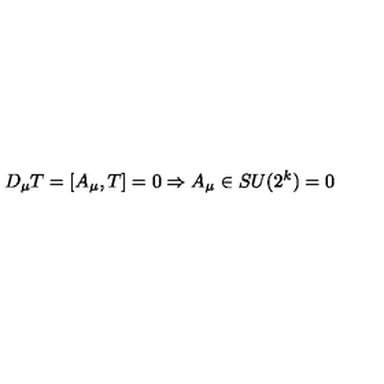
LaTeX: D _ { \mu } T = [ A _ { \mu } , T ] = 0 \Rightarrow A _ { \mu } \in S U ( 2 ^ { k } ) = 0